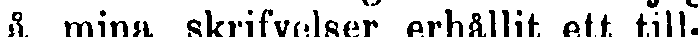
å mina skrifvelser erhållit ett till-